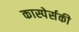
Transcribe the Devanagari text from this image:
कास्पेर्सकी